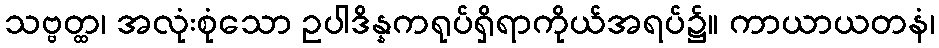
သဗ္ဗတ္ထ၊ အလုံးစုံသော ဥပါဒိန္နကရုပ်ရှိရာကိုယ်အရပ်၌။ ကာယာယတနံ၊